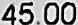
45.00